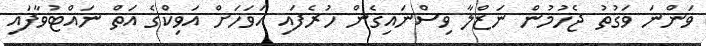
ވަންނަ ވަގުތު ޖެހުމުން ނަޒްލާ ވިސްނައިގެން ހުރެފައި އަވަހަށް އަވިކްގެ އަތް ނައްޓުވާފައި